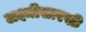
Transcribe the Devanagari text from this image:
लक्ष्मीसारखी